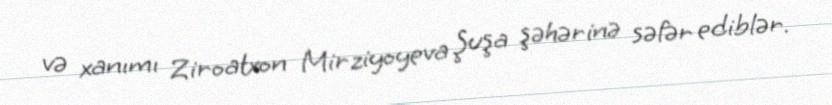
və xanımı Ziroatxon Mirziyoyeva Şuşa şəhərinə səfər ediblər.